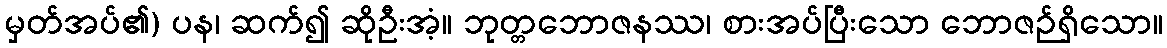
မှတ်အပ်၏) ပန၊ ဆက်၍ ဆိုဦးအံ့။ ဘုတ္တဘောဇနဿ၊ စားအပ်ပြီးသော ဘောဇဉ်ရှိသော။